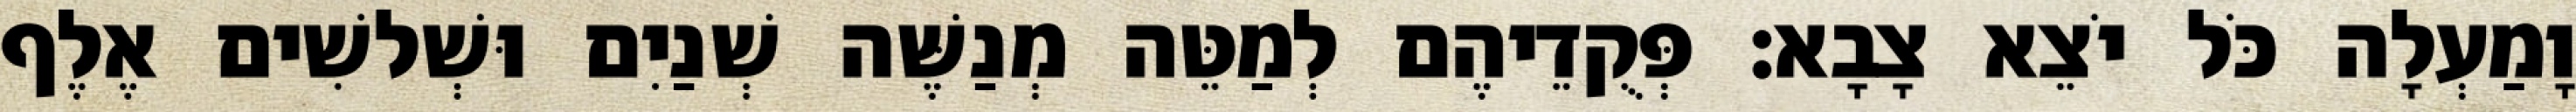
וָמַעְלָה כֹּל יֹצֵא צָבָא׃ פְּקֻדֵיהֶם לְמַטֵּה מְנַשֶּׁה שְׁנַיִם וּשְׁלשִׁים אֶלֶף